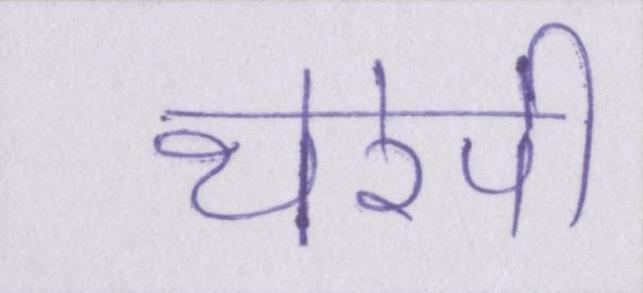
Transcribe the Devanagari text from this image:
थेरेपी